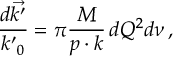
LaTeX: \frac { d \vec { k ^ { \prime } } } { { k ^ { \prime } } _ { 0 } } = \pi \frac { M } { p \cdot k } \, d Q ^ { 2 } d \nu \, ,